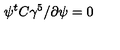
\psi ^ { t } C \gamma ^ { 5 } \slash { \partial } \psi = 0